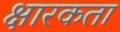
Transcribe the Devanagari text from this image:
क्षारकता